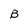
Character: B